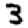
Digit: 3